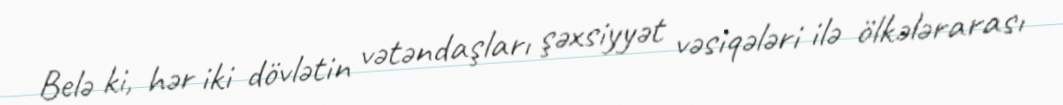
Belə ki, hər iki dövlətin vətəndaşları şəxsiyyət vəsiqələri ilə ölkələrarası